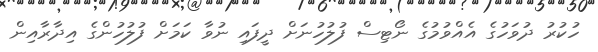
ހުކުރު ދުވަހުގެ އެއްވުމުގެ ނޯޓިސް ފުލުހުނަށް ދީފައި ނުވާ ކަމަށް ފުލުހުންގެ އިދާރާއިން